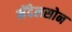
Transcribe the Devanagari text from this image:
मेंदेलसोन